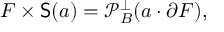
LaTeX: F \times { \mathsf { S } } ( a ) = { \mathcal { P } } _ { B } ^ { \perp } ( a \cdot \partial F ) ,